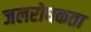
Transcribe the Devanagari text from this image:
जलरोधकता